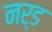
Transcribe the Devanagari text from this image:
नर्ड